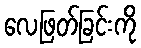
လေဖြတ်ခြင်းကို